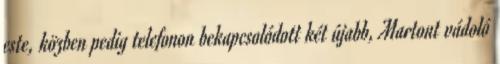
este, közben pedig telefonon bekapcsolódott két újabb, Martont vádoló